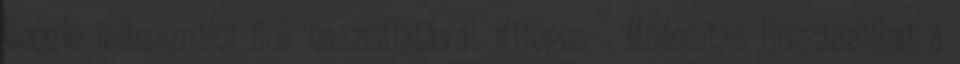
Google felhasználói fiók használatával. Kilépés Módosítás Hozzászólhat a